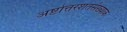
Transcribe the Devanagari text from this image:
अष्टोत्तरशतसंख्याक